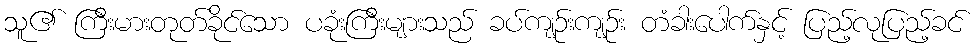
သူ၏ ကြီးမားတုတ်ခိုင်သော ပခုံးကြီးများသည် ခပ်ကျဉ်းကျဉ်း တံခါးပေါက်နှင့် ပြည့်လုပြည့်ခင်